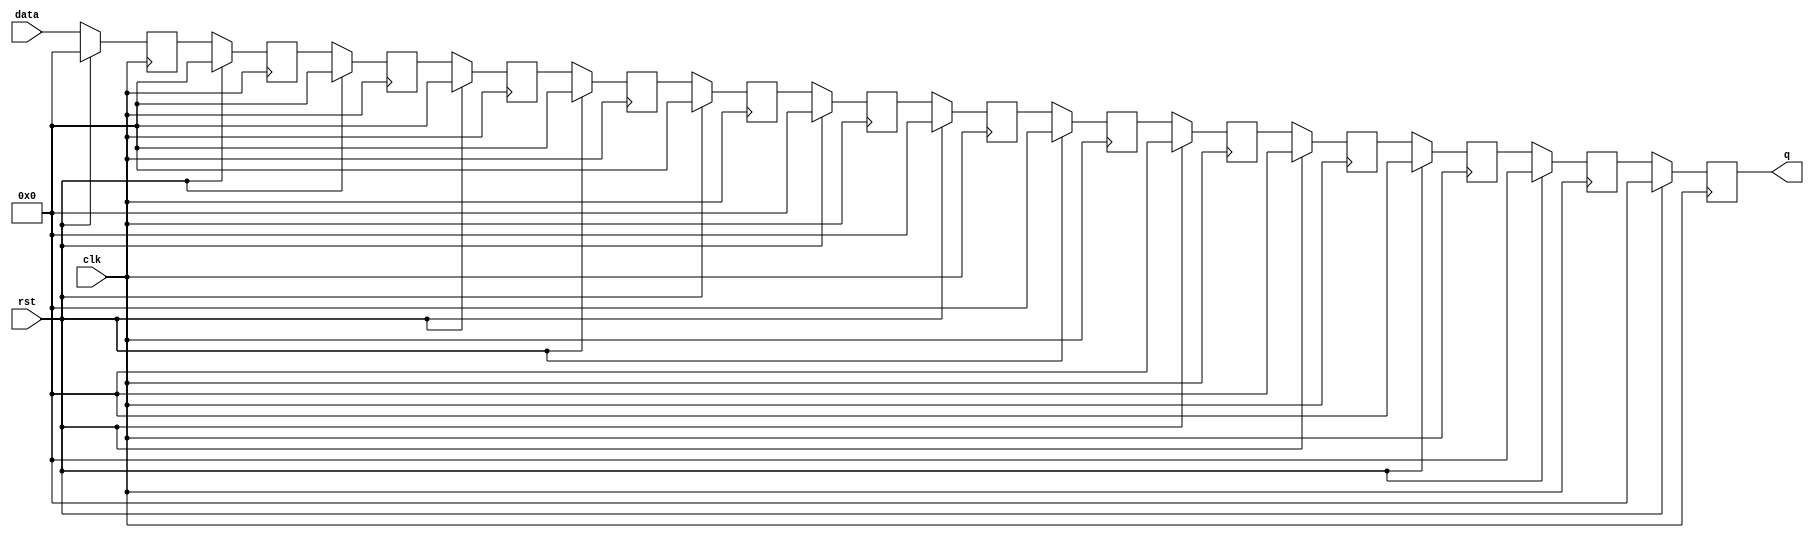
/*QX, CAAD, BU
* shift buffer (shift register
* configure depth
* for things input immediately after reset, if you want to store for 12 cycles; then set depth=13
* for signals inputed long after reset, f you want to store for 12 cycles; then set depth=12
*/
module shift(
	rst,
	clk,
	data,
	q
);


parameter WIDTH=32;
parameter DEPTH=14;

input wire rst,clk;
input wire [WIDTH-1:0] data;
output wire [WIDTH-1:0] q;

/* Using for-loop */
reg [WIDTH-1:0] FIFO [0:DEPTH-1];
genvar i;

generate
for(i=DEPTH-1; i > 0; i = i-1) 
	begin: shifing
	always@(posedge clk)
		if(rst)
			begin
			FIFO[i] <= 'b0;
			end
		else
			begin
			FIFO[i] <= FIFO[i-1];
			end
	end
endgenerate

always@(posedge clk)	
	begin
	if(rst)
		begin
		FIFO[0] <= 'b0;
		end
	else
		begin
		FIFO[0] <= data;
		end
	end


assign q= FIFO[DEPTH-1];
	 
endmodule